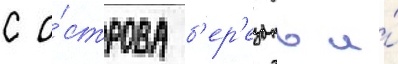
с о́строва б'ер'езань и́